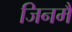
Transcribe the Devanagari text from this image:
जिनमैं